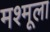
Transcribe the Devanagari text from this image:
मश्मूला